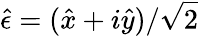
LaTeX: \hat{\epsilon}=(\hat{x}+i\hat{y})/\sqrt{2}